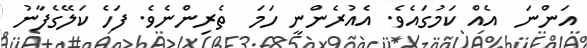
އަންނަ  އެއް ކަމުގައެވެ. އެއުރެންނީ ހަމަ  ތެރިންނެވެ. ފަހެ ކަލޭގެފާނު